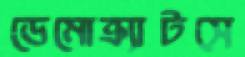
ডেমোক্র্যাটসে